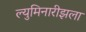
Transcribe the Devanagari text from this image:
ल्युमिनारीझला